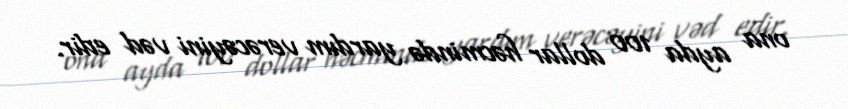
ona ayda 100 dollar həcmində yardım verəcəyini vəd edir.